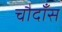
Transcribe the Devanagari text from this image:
चौदाँस